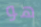
هو